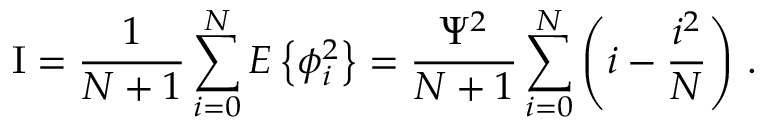
\mathrm { I } = { \frac { 1 } { N + 1 } } \sum _ { i = 0 } ^ { N } E \left\{ \phi _ { i } ^ { 2 } \right\} = { \frac { \Psi ^ { 2 } } { N + 1 } } \sum _ { i = 0 } ^ { N } \left( i - { \frac { i ^ { 2 } } { N } } \right) \, .